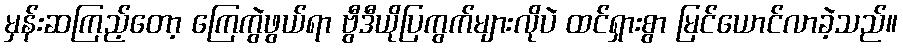
မှန်းဆကြည့်တော့ ကြေကွဲဖွယ်ရာ ဗွီဒီယိုပြကွက်များလိုပဲ ထင်ရှားစွာ မြင်ယောင်လာခဲ့သည်။